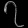
Digit: ၇